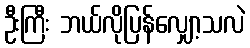
ဦးကြီး ဘယ်လိုပြန်လျှော့သလဲ